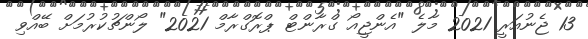
13 ޖެނުއަރީ 2021 މާލެ "އެންޖީއޯ ގްރާންޓް ޕްރޮގްރާމް 2021" ލޯންޗުކުރުމަށް ބޭއްވި